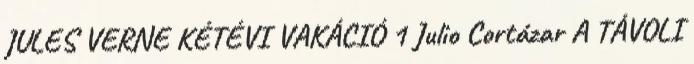
JULES VERNE KÉTÉVI VAKÁCIÓ 1 Julio Cortázar A TÁVOLI